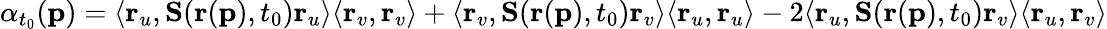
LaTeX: \alpha_{t_{0}}(\mathbf{p})=\langle\mathbf{r}_{u},\mathbf{S}(\mathbf{r}(\mathbf{p}),t_{0})\mathbf{r}_{u}\rangle\langle\mathbf{r}_{v},\mathbf{r}_{v}\rangle+\langle\mathbf{r}_{v},\mathbf{S}(\mathbf{r}(\mathbf{p}),t_{0})\mathbf{r}_{v}\rangle\langle\mathbf{r}_{u},\mathbf{r}_{u}\rangle-2\langle\mathbf{r}_{u},\mathbf{S}(\mathbf{r}(\mathbf{p}),t_{0})\mathbf{r}_{v}\rangle\langle\mathbf{r}_{u},\mathbf{r}_{v}\rangle